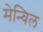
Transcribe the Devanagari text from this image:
मेन्विल